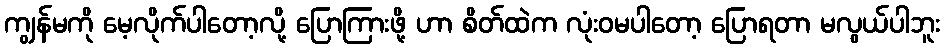
ကျွန်မကို မေ့လိုက်ပါတော့လို့ ပြောကြားဖို့ ဟာ စိတ်ထဲက လုံးဝမပါတော့ ပြောရတာ မလွယ်ပါဘူး